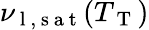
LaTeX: \nu_{\mathrm{~l~,~s~a~t~}}(T_{\mathrm{~T~}})